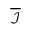
\overline { { \mathcal { I } } }